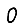
Digit: 0